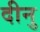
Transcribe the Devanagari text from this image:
दीनु